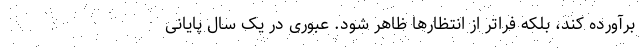
برآورده کند، بلکه فراتر از انتظارها ظاهر شود. عبوری در یک سال پایانی